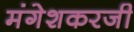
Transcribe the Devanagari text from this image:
मंगेशकरजी